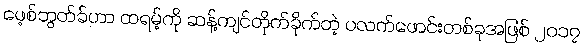
ဖေ့စ်ဘွတ်ခ်ဟာ ထရမ့်ကို ဆန့်ကျင်တိုက်ခိုက်တဲ့ ပလက်ဖောင်းတစ်ခုအဖြစ် ၂၀၁၇